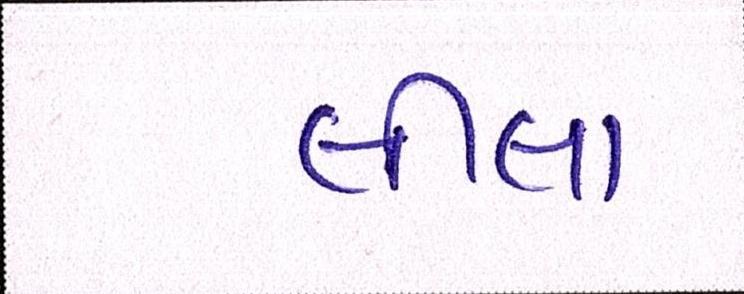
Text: લીલા